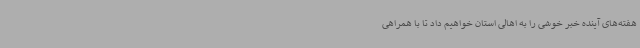
هفته‌های آینده خبر خوشی را به اهالی استان خواهیم داد تا با همراهی